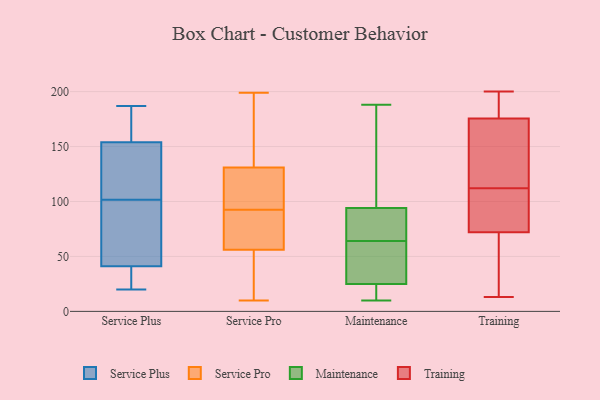
{"axis": {"x": "Conversion Rate (%)", "y": "Value"}, "legend": ["Maintenance", "Service Plus", "Service Pro", "Training"], "data": [{"x": "", "y": 64, "type": "Service Plus"}, {"x": "", "y": 145, "type": "Service Plus"}, {"x": "", "y": 142, "type": "Service Plus"}, {"x": "", "y": 30, "type": "Service Plus"}, {"x": "", "y": 22, "type": "Service Plus"}, {"x": "", "y": 154, "type": "Service Plus"}, {"x": "", "y": 172, "type": "Service Plus"}, {"x": "", "y": 156, "type": "Service Plus"}, {"x": "", "y": 80, "type": "Service Plus"}, {"x": "", "y": 115, "type": "Service Plus"}, {"x": "", "y": 57, "type": "Service Plus"}, {"x": "", "y": 117, "type": "Service Plus"}, {"x": "", "y": 88, "type": "Service Plus"}, {"x": "", "y": 40, "type": "Service Plus"}, {"x": "", "y": 41, "type": "Service Plus"}, {"x": "", "y": 20, "type": "Service Plus"}, {"x": "", "y": 187, "type": "Service Plus"}, {"x": "", "y": 156, "type": "Service Plus"}, {"x": "", "y": 199, "type": "Service Pro"}, {"x": "", "y": 59, "type": "Service Pro"}, {"x": "", "y": 17, "type": "Service Pro"}, {"x": "", "y": 88, "type": "Service Pro"}, {"x": "", "y": 135, "type": "Service Pro"}, {"x": "", "y": 77, "type": "Service Pro"}, {"x": "", "y": 97, "type": "Service Pro"}, {"x": "", "y": 10, "type": "Service Pro"}, {"x": "", "y": 196, "type": "Service Pro"}, {"x": "", "y": 53, "type": "Service Pro"}, {"x": "", "y": 114, "type": "Service Pro"}, {"x": "", "y": 127, "type": "Service Pro"}, {"x": "", "y": 83, "type": "Maintenance"}, {"x": "", "y": 108, "type": "Maintenance"}, {"x": "", "y": 49, "type": "Maintenance"}, {"x": "", "y": 165, "type": "Maintenance"}, {"x": "", "y": 188, "type": "Maintenance"}, {"x": "", "y": 41, "type": "Maintenance"}, {"x": "", "y": 61, "type": "Maintenance"}, {"x": "", "y": 90, "type": "Maintenance"}, {"x": "", "y": 67, "type": "Maintenance"}, {"x": "", "y": 10, "type": "Maintenance"}, {"x": "", "y": 94, "type": "Maintenance"}, {"x": "", "y": 21, "type": "Maintenance"}, {"x": "", "y": 24, "type": "Maintenance"}, {"x": "", "y": 25, "type": "Maintenance"}, {"x": "", "y": 13, "type": "Training"}, {"x": "", "y": 51, "type": "Training"}, {"x": "", "y": 69, "type": "Training"}, {"x": "", "y": 144, "type": "Training"}, {"x": "", "y": 137, "type": "Training"}, {"x": "", "y": 98, "type": "Training"}, {"x": "", "y": 175, "type": "Training"}, {"x": "", "y": 112, "type": "Training"}, {"x": "", "y": 177, "type": "Training"}, {"x": "", "y": 73, "type": "Training"}, {"x": "", "y": 200, "type": "Training"}, {"x": "", "y": 93, "type": "Training"}, {"x": "", "y": 190, "type": "Training"}]}